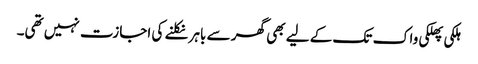
ہلکی پھلکی واک تک کے لیے بھی گھر سے باہر نکلنے کی اجازت نہیں تھی۔